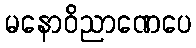
မနောဝိညာဏေပေ